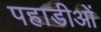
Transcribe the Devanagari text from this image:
पहाडीओं